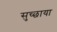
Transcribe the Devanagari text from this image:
सुच्छाया